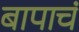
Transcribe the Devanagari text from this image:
बापाचं